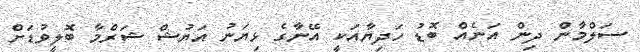
ސަލްމާން ދިން އަނެއް ބޮޑު ހަދިޔާއަކީ އޭނާގެ ޅިޔަނު އަޔުޝް ޝަރްމާ ބޮލީވުޑަށް